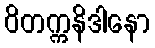
ဝိတက္ကနိဒါနော